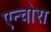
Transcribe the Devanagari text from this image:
एन्चोरा